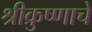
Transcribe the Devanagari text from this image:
श्रीक्रुष्णाचे